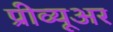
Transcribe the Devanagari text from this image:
प्रीव्यूअर